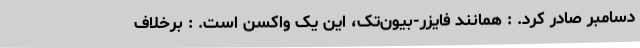
دسامبر صادر کرد. : همانند فایزر-بیون‌تک، این یک واکسن است. : برخلاف